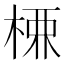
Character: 𭪚